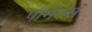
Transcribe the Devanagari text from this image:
पौमेल्स